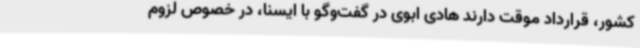
کشور، قرارداد موقت دارند هادی ابوی در گفت‌وگو با ایسنا، در خصوص لزوم